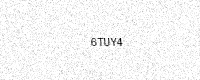
Text: 6TUY4